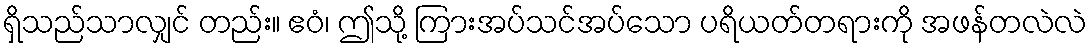
ရှိသည်သာလျှင် တည်း။ ဧဝံ၊ ဤသို့ ကြားအပ်သင်အပ်သော ပရိယတ်တရားကို အဖန်တလဲလဲ